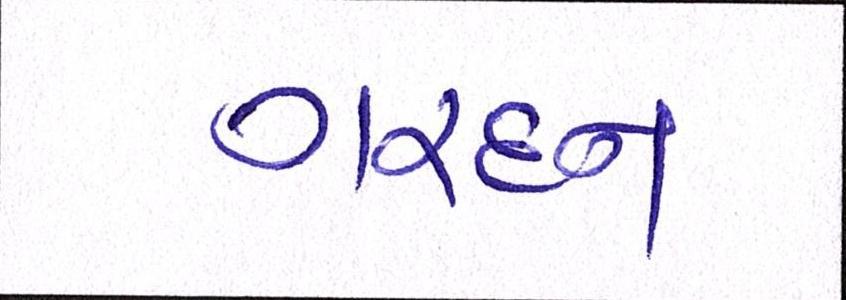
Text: ગરદન